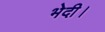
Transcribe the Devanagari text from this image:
भेदी।